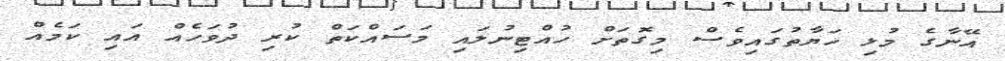
އޭނާގެ މުޅި ހަޔާތުގައިވެސް މިގޮތަށް ހުއްޓިނުލައި މަސައްކަތް ކުރި ދުވަހެއް އައި ކަމެއް